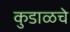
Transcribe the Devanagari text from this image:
कुडाळचे